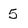
Character: 5